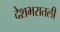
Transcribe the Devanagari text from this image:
देशभरातली